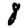
Digit: 8